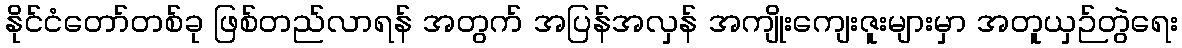
နိုင်ငံတော်တစ်ခု ဖြစ်တည်လာရန် အတွက် အပြန်အလှန် အကျိုးကျေးဇူးများမှာ အတူယှဉ်တွဲရေး